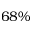
6 8 \%